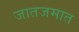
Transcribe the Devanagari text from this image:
जातजमात